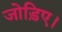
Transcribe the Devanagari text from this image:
जोड़िए।